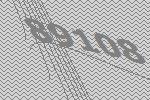
89108